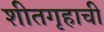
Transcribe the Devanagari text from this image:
शीतगृहाची